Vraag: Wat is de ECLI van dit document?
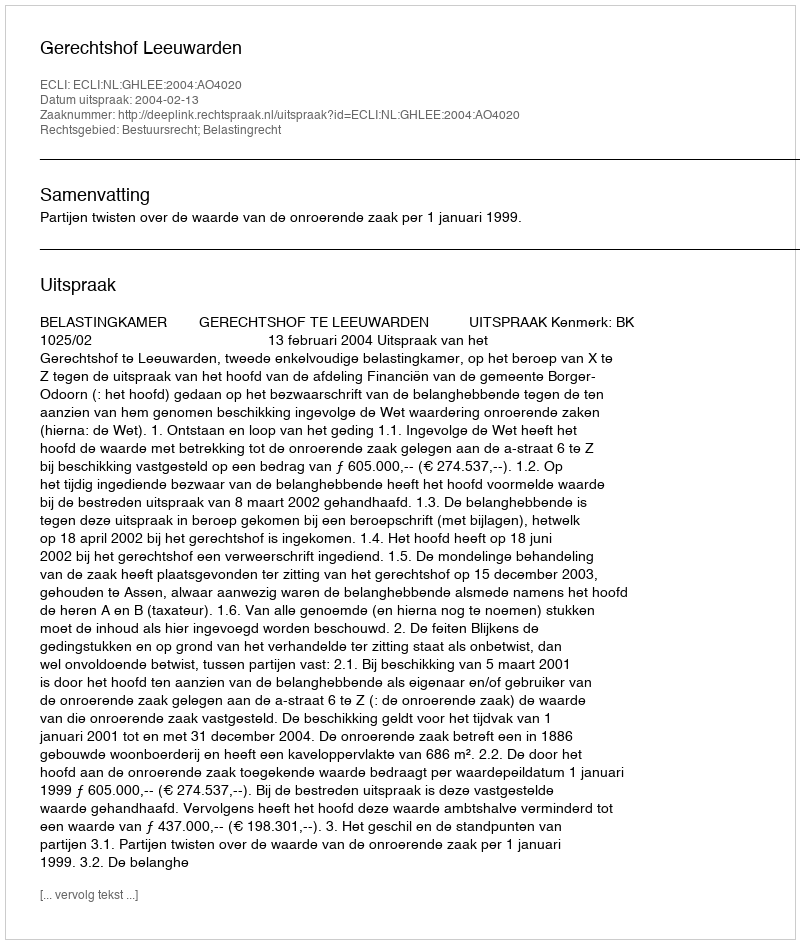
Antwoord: ECLI:NL:GHLEE:2004:AO4020